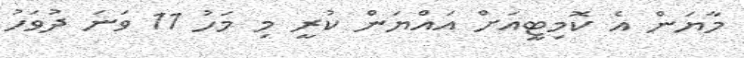
މާޔަން އެ ކޮމިޓީއަށް އައްޔަން ކުރީ މި މަހު 11 ވަނަ ދުވަހު